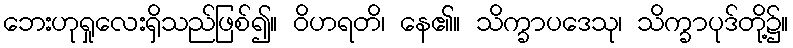
ဘေးဟုရှုလေးရှိသည်ဖြစ်၍။ ဝိဟရတိ၊ နေ၏။ သိက္ခာပဒေသု၊ သိက္ခာပုဒ်တို့၌။